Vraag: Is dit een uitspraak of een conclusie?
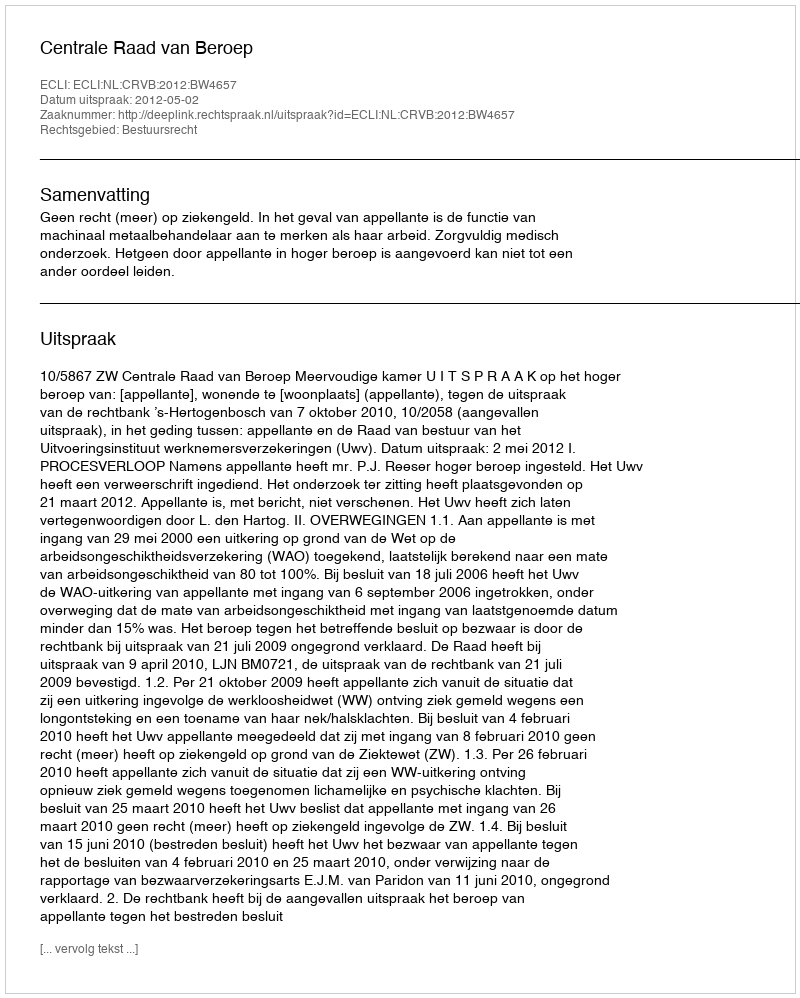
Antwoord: Uitspraak